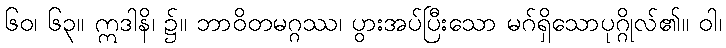
၆၀၊ ၆၃။ ဣဒါနိ၊ ၌။ ဘာဝိတမဂ္ဂဿ၊ ပွားအပ်ပြီးသော မဂ်ရှိသောပုဂ္ဂိုလ်၏။ ဝါ၊